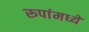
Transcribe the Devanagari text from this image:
रूपांमध्ये